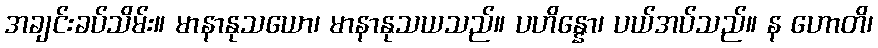
အချင်းခပ်သိမ်း။ မာနာနုသယော၊ မာနာနုသယသည်။ ပဟိန္နော၊ ပယ်အပ်သည်။ န ဟောတိ၊